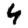
Digit: 4